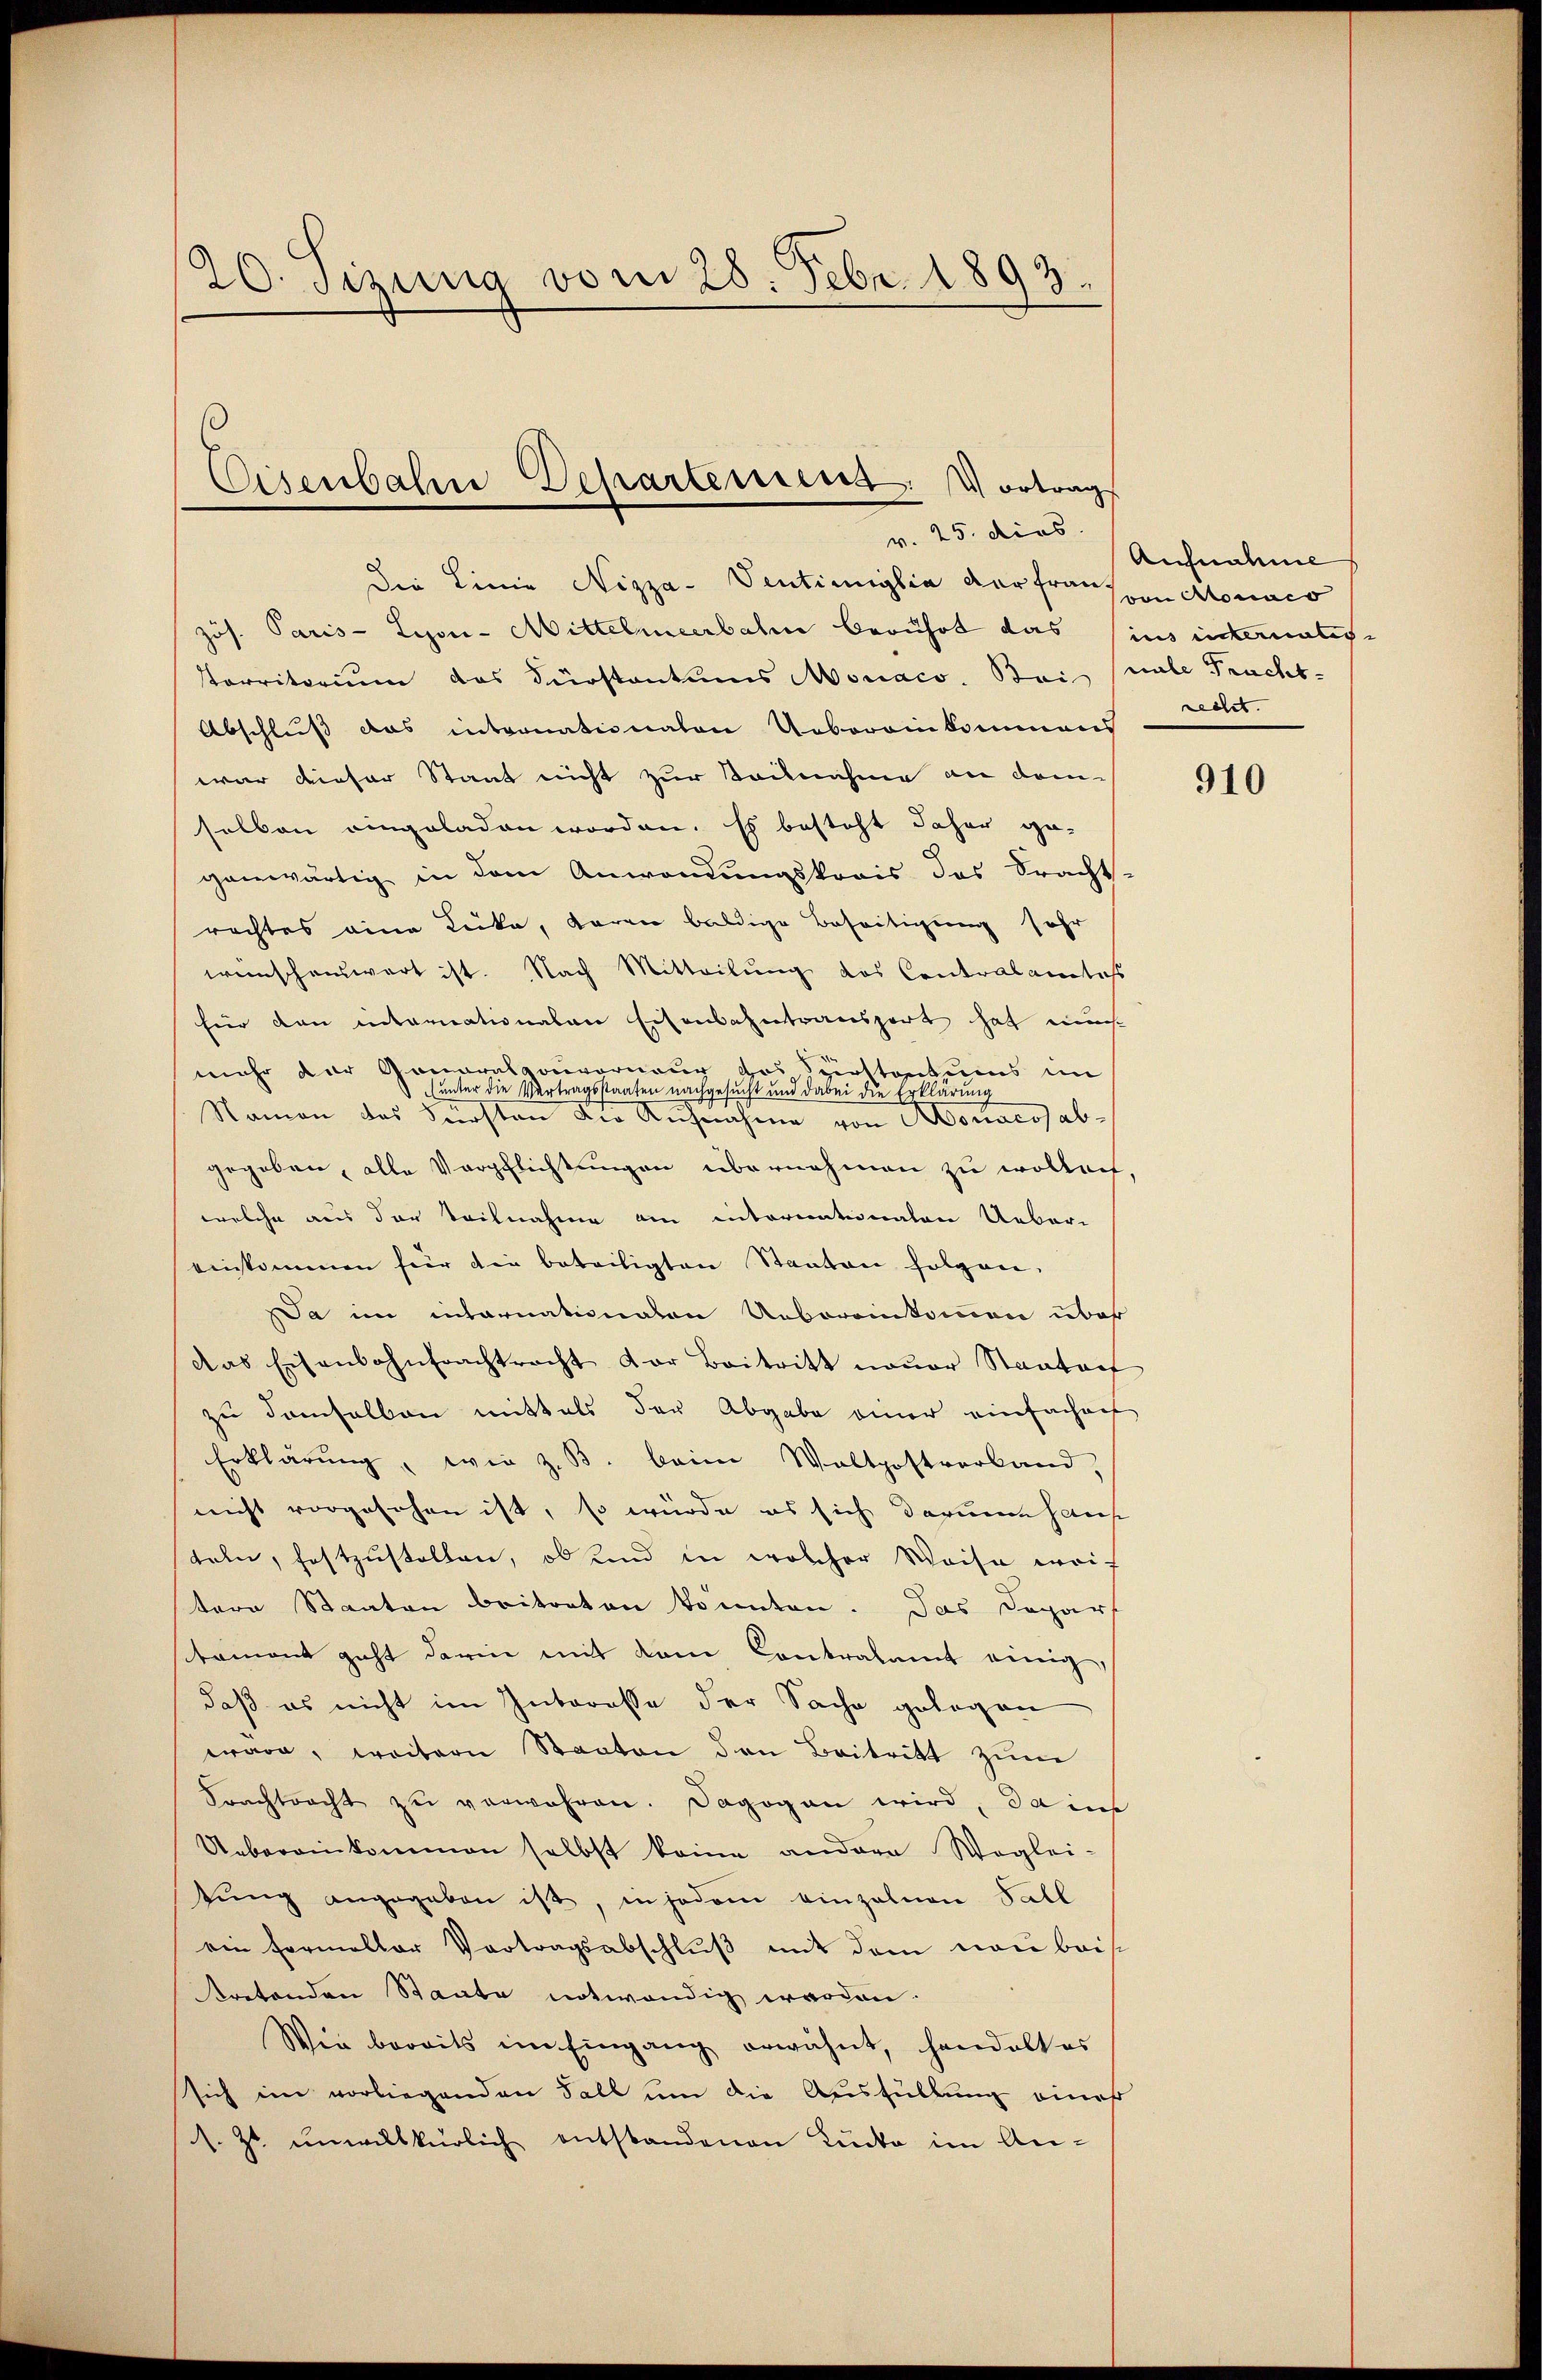
120. Sizung vom 28. Febr. 1893.

Eisenbahne Departeriens: Vortrag
v. 25. dies

Die Linie Nizza-Ventimiglia der franzen Monsco
Jos. Paris - Lyon-Mittelmeerbahn berührt das ins internatis
Parritorium das Dürstantums Monaco. Bei male Pracht-
Abschluß das internationalen Uebereinkommens
war dieser Staat nicht zur Sacknahme an dam
selben eingeladen worden. Es besteht daher ge-
ganwärtig in dem Anwendungskrais das Bracht.
rechtes eine Lücke, waren baldige Beseitigung sehr
wünschenswart ist. Nach Mitteilung das Contralamtes
für den internationalen Eisenbahntransport hat mus
mehr der Gonaralgouverneur das Spittentums im
(unter die Vertragsstaaten nachgesucht und dabei die Erklärung
Namen des Fürsten die Aufnahme von Monacosab-
gegeben, alle Verpflichtungen übernehmen zu wollen,
welche aus der Teilnahme am internationalen Ueber-
einkommen für die beteiligten Staaten folgen.
Da im internationalen Uebereinkommen über
das Eisenbahntrachtracht der Beitritt neŭer Staataef
zu demselben mittels der Abgabe einer einfachens
Erklärŭng, wie z. B. beim Waltpostverband.
nicht vorgesehen ist, so würde es sich darum haus
teln, festzustellen, ob und in welcher Weise weif
stere Staaten beitreten könnten. Das Depar
stament geht darin mit dem Contralamt einig
daß es nicht im Interesse der Sache gelegen
wäre, weitern Staaten den Beitritt zum
Frachtracht zŭ verwahren. Dagogen wird, da ins
Uebereinkommen selbst keine andere Weglei-
tŭng angegeben ist, in jedem einzelnen Fall
ein Formeller Vortragsabschluß mit dem neu beis¬
Kretenden Staate notwendig worden.
Wie bereits im Eingang erwähnt, handelt es
sich im vorliegenden Fall um die Ausfüllung eines
s. Zt. unwillkürlich entstandenen Lücke im An-

Aufnahme
recht.

910